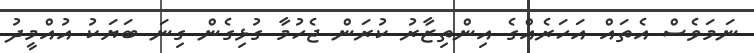
ނަމަވެސް އެތައް އަހަރެއްގެ އިންތިޒާރު ކުރަން ޖެހުމާ ގުޅިގެން ގިނަ ބަޔަކު އުއްމީދު